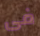
فى